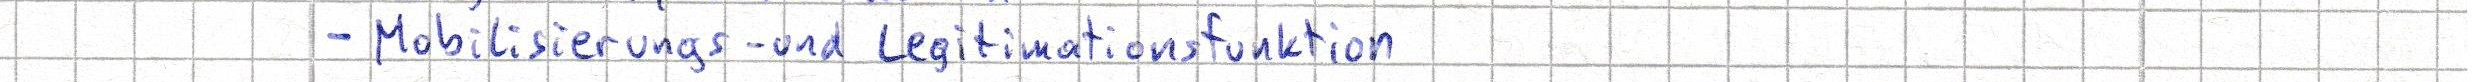
- Mobilisierungs- und Legitimationsfunktion